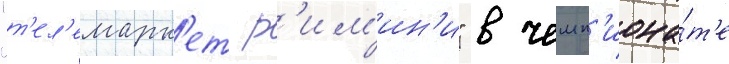
"т'ел'емарк'ет р'им'ин'и" в чемп'иона́т'е